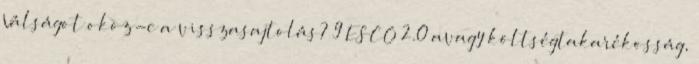
Válságot okoz-e a visszasajtolás? 9 ESCO 2.0 avagy költségtakarékosság,